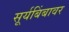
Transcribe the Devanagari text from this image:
सूर्यबिंबावर